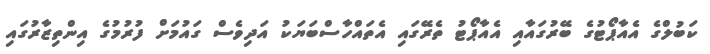
ކަބުލްގެ އެއާޕޯޓުގެ ބޭރުގައާއި އެއާޕޯޓު ތެރޭގައި އެތައްހާސްބަޔަކު އަދިވެސް ގައުމަށް ފުރުމުގެ އިންތިޒާރުގައި